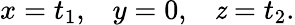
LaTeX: x=t_{1},\; \; \; y=0,\; \; \; \mathit{z}=t_{2}.